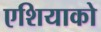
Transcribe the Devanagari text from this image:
एशियाको